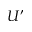
U ^ { \prime }